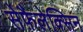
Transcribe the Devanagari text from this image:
सेफ़ैलेक्सिन